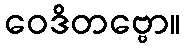
ဝေဒိတဗ္ဗော။